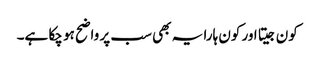
کون جیتا اور کون ہارا یہ بھی سب پر واضح ہو چکا ہے۔